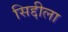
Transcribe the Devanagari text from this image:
सिद्दीला